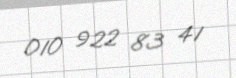
010 922 83 41